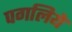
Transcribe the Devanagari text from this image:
पगलिये